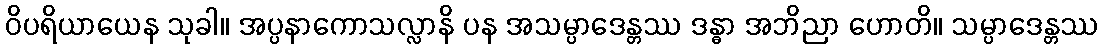
ဝိပရိယာယေန သုခါ။ အပ္ပနာကောသလ္လာနိ ပန အသမ္ပာဒေန္တဿ ဒန္ဓာ အဘိညာ ဟောတိ။ သမ္ပာဒေန္တဿ